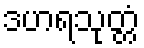
ဒဟရသုတ္တံ